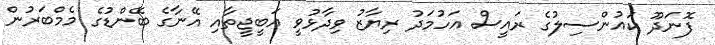
ފޮނަދޫ ކައުންސިލުގެ ރައީސް އަހުމަދު ރިޔާޒު ވިދާޅުވީ އަބީޖީތާއި އޭނާގެ ބޭންޑުގެ މެމްބަރުން